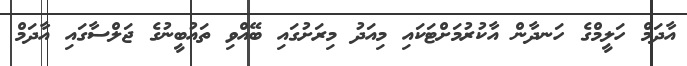
އާދަމް ހަލީމްގެ ހަނދާން އާކުރުމަށްޓަކައި މިއަދު މިރަށުގައި ބޭއްވި ތައުބީނުގެ ޖަލްސާގައި އާދަމް